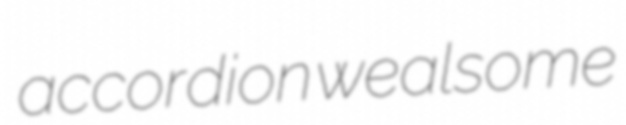
accordion wealsome